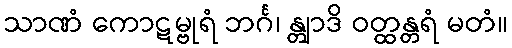
သာဏံ ကောဋမ္ဗုရံ ဘင်္ဂ၊ န္တျာဒိ ဝတ္ထန္တရံ မတံ။